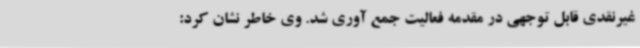
غیرنقدی قابل توجهی در مقدمه فعالیت جمع آوری شد. وی خاطر نشان کرد: